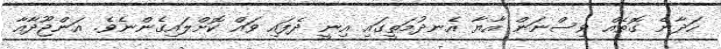
ހަދާނެ ގޮތެއް ވިސްނަން އާޔާ އެނދުމަތީގައި އިނީ ދެފައި ވައް ކޮށްލައިގެންނެވެ. އަންޖޫދާއާ